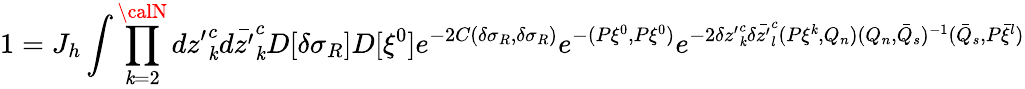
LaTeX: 1=J_{h}\int\prod_{\mathit{k}=2}^{\calN}d{z^{\prime}}_{\mathit{k}}^{c}d\bar{{z^{\prime}}}_{\mathit{k}}^{c}D[\delta\sigma_{R}]D[\xi^{0}]e^{-2C(\delta\sigma_{R},\delta\sigma_{R})}e^{-(P\xi^{0},P\xi^{0})}e^{-2\delta{z^{\prime}}_{\mathit{k}}^{c}\delta\bar{{z^{\prime}}}_{l}^{c}(P\xi^{\mathit{k}},Q_{n})(Q_{n},\bar{{Q}}_{s})^{-1}(\bar{{Q}}_{s},P\bar{{\xi}}^{l})}